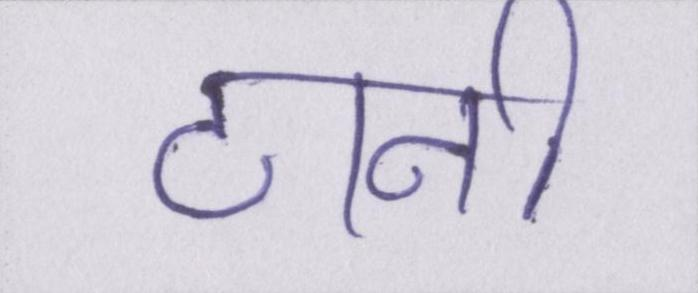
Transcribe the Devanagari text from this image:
ठानी।